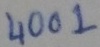
Text: 4001